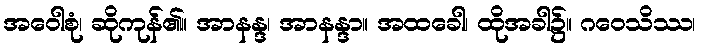
အဝေါစုံ၊ ဆိုကုန်၏။ အာနန္ဒ၊ အာနန္ဒာ။ အထခေါ၊ ထိုအခါ၌။ ဂဝေသိဿ၊